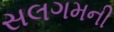
સલગમની